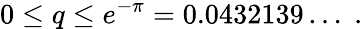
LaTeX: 0\leq q\leq e^{-\pi}=0.0432139\ldots\; .